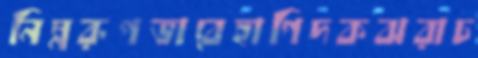
নিম্নরূপভাবেহাগিদকঝরাচ